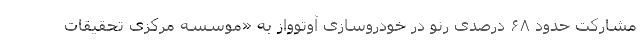
مشارکت حدود ۶۸ درصدی رنو در خودروسازی آوتوواز به «موسسه مرکزی تحقیقات